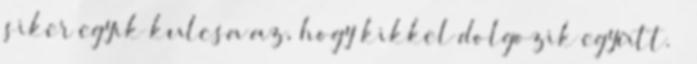
siker egyik kulcsa az, hogy kikkel dolgozik együtt. —